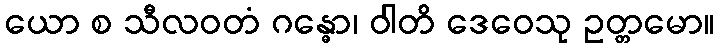
ယော စ သီလဝတံ ဂန္ဓော၊ ဝါတိ ဒေဝေသု ဥတ္တမော။